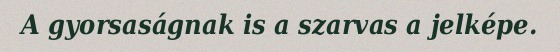
A gyorsaságnak is a szarvas a jelképe.